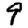
Digit: 9